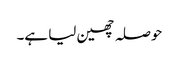
حوصلہ چھین لیا ہے۔